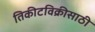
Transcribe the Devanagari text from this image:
तिकीटविक्रीसाठी